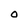
Character: O